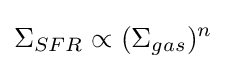
\Sigma _{SFR}\propto (\Sigma _{gas})^{n}